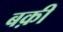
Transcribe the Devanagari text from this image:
बक़ी